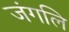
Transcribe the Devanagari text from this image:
जंगलि